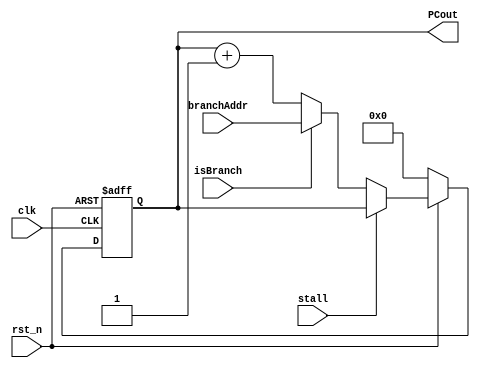
module neils_pc(clk, rst_n, stall, isBranch, branchAddr, PCout);

input [15:0] branchAddr;
input clk, rst_n, stall, isBranch;

output [15:0] PCout;

wire [15:0] PCregIn, PCregOut;

//the PC is in this
reg [15:0] pcReg;

assign PCregOut = pcReg;
//Assign new PC based on whether there is any branching or stalling or nothing
assign PCregIn = (rst_n == 0) ? 16'h0:
		 (stall == 1) ? PCregOut :
		 (isBranch == 1) ? branchAddr :
				PCregOut + 1;

always @(posedge clk or negedge rst_n)
	if (!rst_n)
		pcReg <= 16'b0;
	else  
		pcReg <= PCregIn;

assign PCout = PCregOut;

endmodule